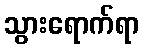
သွားရောက်ရာ